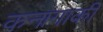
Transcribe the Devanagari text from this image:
कनागाकी